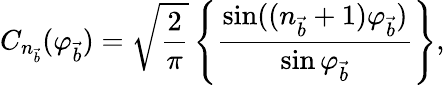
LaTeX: C_{n_{\vec{b}}}(\varphi_{\vec{b}})=\sqrt{\frac{2}{\pi}}\left\{ \frac{\sin((n_{\vec{b}}+1)\varphi_{\vec{b}})}{\sin\varphi_{\vec{b}}}\right\} ,